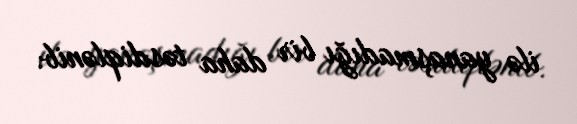
ilə yanaşmadığı bir daha təsdiqlənib.